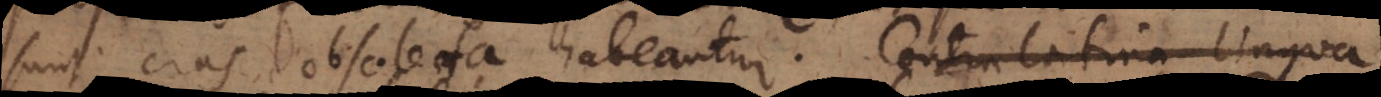
sunt, cras obsoleta habeantur. Contra latina lingua